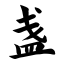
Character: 盏